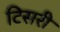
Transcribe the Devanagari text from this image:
टिसरी